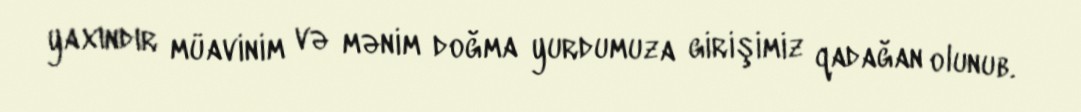
yaxındır müavinim və mənim doğma yurdumuza girişimiz qadağan olunub.